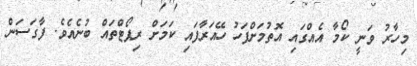
މިހާރު ވަނީ ކޯމާ އެއްގައި އޮތުމަށްފަހު ހޭއަރާފައި ކަމަށް ރިޕޯޓްތައް ބުނެއެވެ. ފާގަސަން